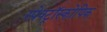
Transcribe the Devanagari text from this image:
स्पेक्ट्रॉस्कोपिक